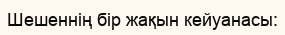
Шешеннің бір жақын кейуанасы: